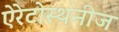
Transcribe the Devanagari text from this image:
ऐरेटोस्थनीज